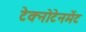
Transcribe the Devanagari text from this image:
टेक्नोटेनमेंट